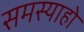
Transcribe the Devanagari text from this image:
समस्याहो